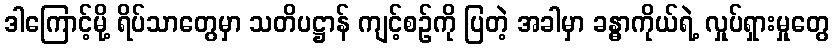
ဒါကြောင့်မို့ ရိပ်သာတွေမှာ သတိပဋ္ဌာန် ကျင့်စဉ်ကို ပြတဲ့ အခါမှာ ခန္ဓာကိုယ်ရဲ့ လှုပ်ရှားမှုတွေ